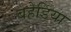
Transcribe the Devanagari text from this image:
बहेडिया